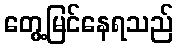
တွေ့မြင်နေရသည်